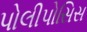
પોલીપોસિસ